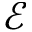
\mathcal { E }